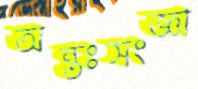
অন্তঃসংজ্ঞা